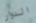
الدوار